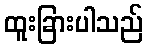
ထူးခြားပါသည်